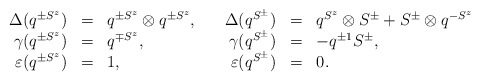
\begin{align*}\begin{array}{rclrcl} \Delta (q^{\pm S^z}) &=& q^{\pm S^z}\otimes q^{\pm S^z},\quad & \Delta (q^{S^\pm}) &=& q^{S^z}\otimes S^\pm + S^\pm\otimes q^{-S^z} \\ {\gamma } (q^{\pm S^z}) &=& q^{\mp S^z}, & {\gamma } (q^{S^\pm}) &=& -q^{\pm 1} S^\pm, \\ \varepsilon (q^{\pm S^z}) &=& 1, & \varepsilon (q^{S^\pm}) &=& 0.\end{array}\end{align*}